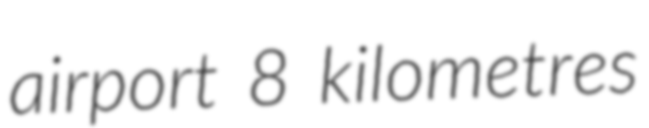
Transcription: airport 8 kilometres